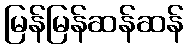
မြန်မြန်ဆန်ဆန်